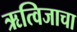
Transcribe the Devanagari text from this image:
ऋत्विजाचा